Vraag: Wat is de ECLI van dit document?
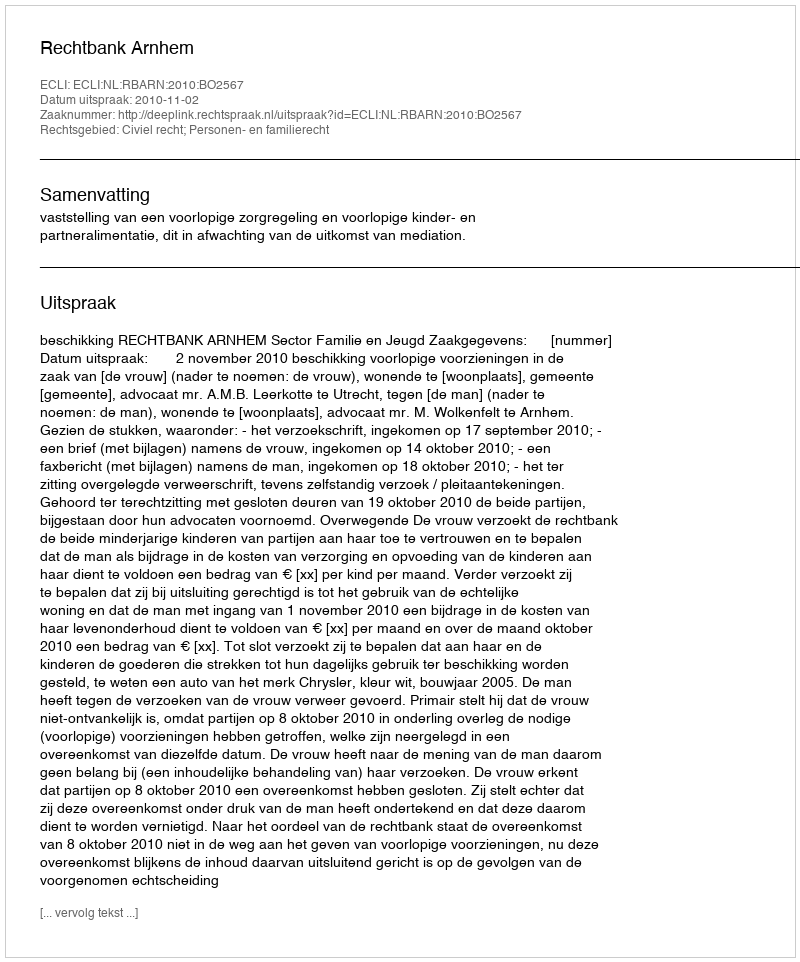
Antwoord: ECLI:NL:RBARN:2010:BO2567